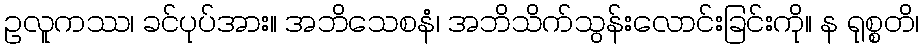
ဥလူကဿ၊ ခင်ပုပ်အား။ အဘိသေစနံ၊ အဘိသိက်သွန်းလောင်းခြင်းကို။ န ရုစ္စတိ၊